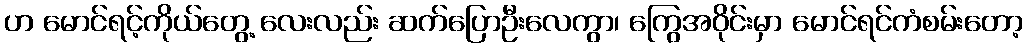
ဟ မောင်ရင့်ကိုယ်တွေ့ လေးလည်း ဆက်ပြောဦးလေကွာ၊ ကြွေအဝိုင်းမှာ မောင်ရင်ကံစမ်းတော့